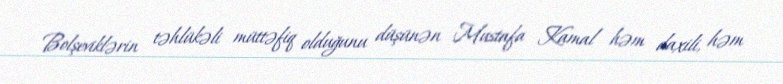
Bolşeviklərin təhlükəli müttəfiq olduğunu düşünən Mustafa Kamal həm daxili, həm